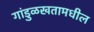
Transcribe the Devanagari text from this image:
गांडुळखतामधील